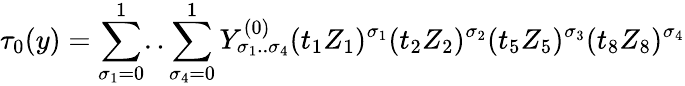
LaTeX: \tau_{0}(y)=\sum_{\sigma_{1}=0}^{1}..\sum_{\sigma_{4}=0}^{1}Y_{\sigma_{1}..\sigma_{4}}^{(0)}(t_{1}Z_{1})^{\sigma_{1}}(t_{2}Z_{2})^{\sigma_{2}}(t_{5}Z_{5})^{\sigma_{3}}(t_{8}Z_{8})^{\sigma_{4}}